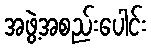
အဖွဲ့အစည်းပေါင်း